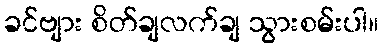
ခင်ဗျား စိတ်ချလက်ချ သွားစမ်းပါ။